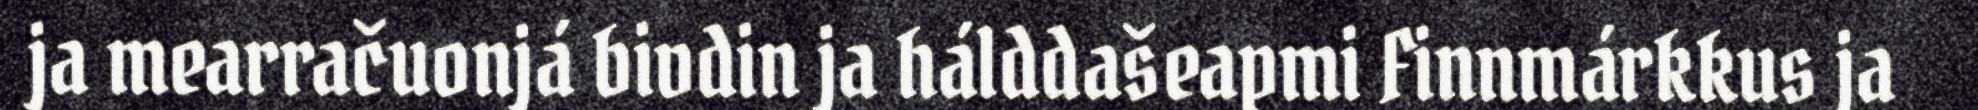
ja mearračuonjá bivdin ja hálddašeapmi Finnmárkkus ja